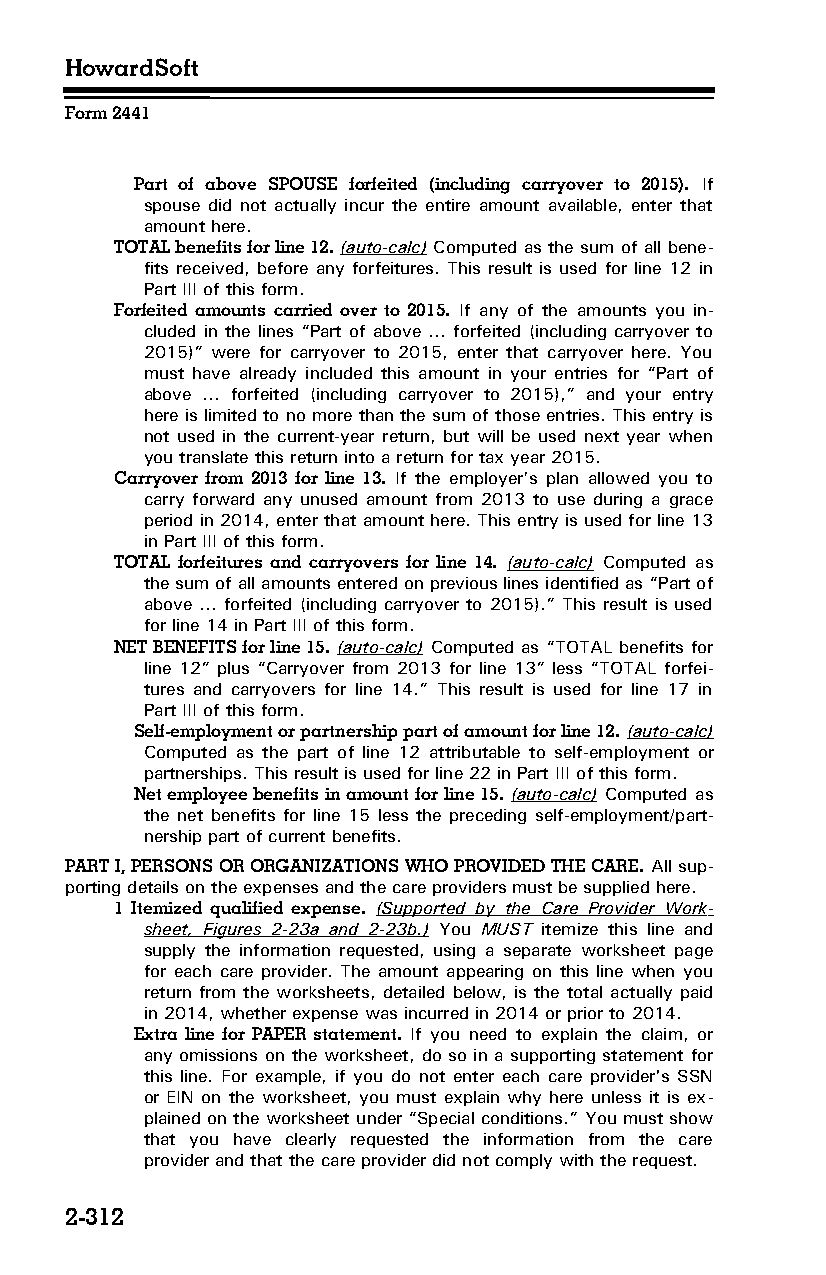
HowardSoft
 Form 2441
 Part of above SPOUSE forfeited (including carryover to 2015). If
 spouse did not actually incur the entire amount available, enter that
 amount here.
 TOTAL benefits for line 12. (auto-calc) Computed as the sum of all bene­
 fits received, before any forfeitures. This result is used for line 12 in
 Part III of this form.
 Forfeited amounts carried over to 2015. If any of the amounts you in­
 cluded in the lines “Part of above … forfeited (including carryover to
 2015)” were for carryover to 2015, enter that carryover here. You
 must have already included this amount in your entries for “Part of
 above … forfeited (including carryover to 2015),” and your entry
 here is limited to no more than the sum of those entries. This entry is
 not used in the current-year return, but will be used next year when
 you translate this return into a return for tax year 2015.
 Carryover from 2013 for line 13. If the employer’s plan allowed you to
 carry forward any unused amount from 2013 to use during a grace
 period in 2014, enter that amount here. This entry is used for line 13
 in Part III of this form.
 TOTAL forfeitures and carryovers for line 14. (auto-calc) Computed as
 the sum of all amounts entered on previous lines identified as “Part of
 above … forfeited (including carryover to 2015).” This result is used
 for line 14 in Part III of this form.
 NET BENEFITS for line 15. (auto-calc) Computed as “TOTAL benefits for
 line 12” plus “Carryover from 2013 for line 13” less “TOTAL forfei­
 tures and carryovers for line 14.” This result is used for line 17 in
 Part III of this form.
 Self-employment or partnership part of amount for line 12. (auto-calc)
 Computed as the part of line 12 attributable to self-employment or
 partnerships. This result is used for line 22 in Part III of this form.
 Net employee benefits in amount for line 15. (auto-calc) Computed as
 the net benefits for line 15 less the preceding self-employment/part­
 nership part of current benefits.
 PART I, PERSONS OR ORGANIZATIONS WHO PROVIDED THE CARE. All sup­
 porting details on the expenses and the care providers must be supplied here.
 1 Itemized qualified expense. (Supported by the Care Provider Work­
 sheet, Figures 2-23a and 2-23b.) You MUST itemize this line and
 supply the information requested, using a separate worksheet page
 for each care provider. The amount appearing on this line when you
 return from the worksheets, detailed below, is the total actually paid
 in 2014, whether expense was incurred in 2014 or prior to 2014.
 Extra line for PAPER statement. If you need to explain the claim, or
 any omissions on the worksheet, do so in a supporting statement for
 this line. For example, if you do not enter each care provider's SSN
 or EIN on the worksheet, you must explain why here unless it is ex­
 plained on the worksheet under “Special conditions.” You must show
 that you have clearly requested the information from the care
 provider and that the care provider did not comply with the request.
 2-312